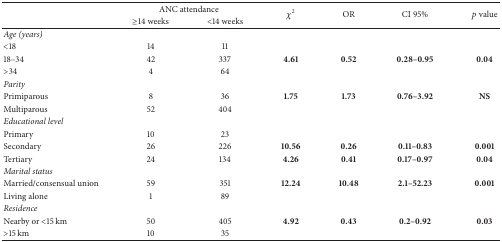
<table><thead><tr><td rowspan="2"><b> </b></td><td colspan="2"><b>ANC attendance</b></td><td rowspan="2"><b><i>χ</i><sup>2</sup></b></td><td rowspan="2"><b>OR</b></td><td rowspan="2"><b>CI 95%</b></td><td rowspan="2"><b><i>p</i> value</b></td></tr><tr><td><b>≥14 weeks</b></td><td><b>&lt;14 weeks</b></td></tr></thead><tbody><tr><td><i>Age (years) </i></td><td> </td><td> </td><td> </td><td> </td><td> </td><td> </td></tr><tr><td>&lt;18</td><td>14</td><td>11</td><td> </td><td> </td><td> </td><td> </td></tr><tr><td>18–34</td><td>42</td><td>337</td><td><b>4.61</b></td><td><b>0.52</b></td><td><b>0.28–0.95</b></td><td><b>0.04</b></td></tr><tr><td>&gt;34</td><td>4</td><td>64</td><td> </td><td> </td><td> </td><td> </td></tr><tr><td><i>Parity</i></td><td> </td><td> </td><td> </td><td> </td><td> </td><td> </td></tr><tr><td>Primiparous</td><td>8</td><td>36</td><td><b>1.75</b></td><td><b>1.73</b></td><td><b>0.76–3.92</b></td><td><b>NS</b></td></tr><tr><td>Multiparous</td><td>52</td><td>404</td><td> </td><td> </td><td> </td><td> </td></tr><tr><td><i>Educational level</i></td><td> </td><td> </td><td> </td><td> </td><td> </td><td> </td></tr><tr><td>Primary</td><td>10</td><td>23</td><td> </td><td> </td><td> </td><td> </td></tr><tr><td>Secondary</td><td>26</td><td>226</td><td><b>10.56</b></td><td><b>0.26</b></td><td><b>0.11–0.83</b></td><td><b>0.001</b></td></tr><tr><td>Tertiary</td><td>24</td><td>134</td><td><b>4.26</b></td><td><b>0.41</b></td><td><b>0.17–0.97</b></td><td><b>0.04</b></td></tr><tr><td><i>Marital status</i></td><td> </td><td> </td><td> </td><td> </td><td> </td><td> </td></tr><tr><td>Married/consensual union</td><td>59</td><td>351</td><td><b>12.24</b></td><td><b>10.48</b></td><td><b>2.1–52.23</b></td><td><b>0.001</b></td></tr><tr><td>Living alone</td><td>1</td><td>89</td><td> </td><td> </td><td> </td><td> </td></tr><tr><td><i>Residence</i></td><td> </td><td> </td><td> </td><td> </td><td> </td><td> </td></tr><tr><td>Nearby or &lt;15 km</td><td>50</td><td>405</td><td><b>4.92</b></td><td><b>0.43</b></td><td><b>0.2–0.92</b></td><td><b>0.03</b></td></tr><tr><td>&gt;15 km</td><td>10</td><td>35</td><td> </td><td> </td><td> </td><td> </td></tr></tbody></table>